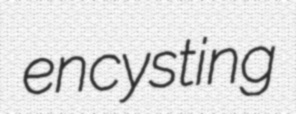
encysting